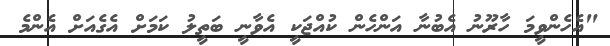
"އެހެންވީމަ ހާރޫނު އެބުނާ އަންހެން ކުއްޖަކީ އެވާނީ ބަތީލު ކަމަށް އެގެއަށް އެންމެ